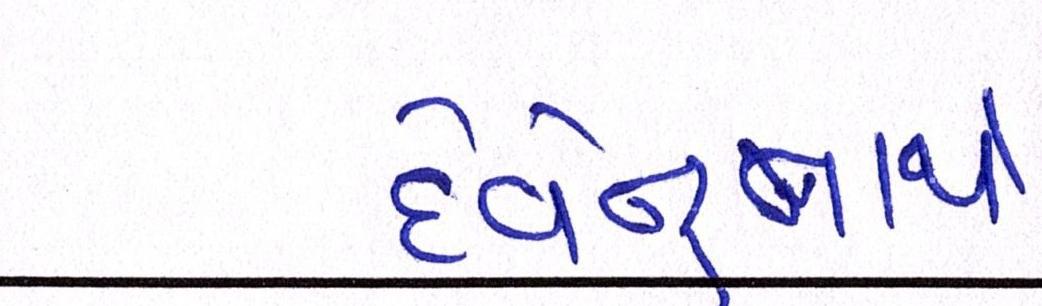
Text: દેવેન્દ્રનાથે